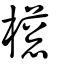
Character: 檧